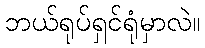
ဘယ်ရုပ်ရှင်ရုံမှာလဲ။